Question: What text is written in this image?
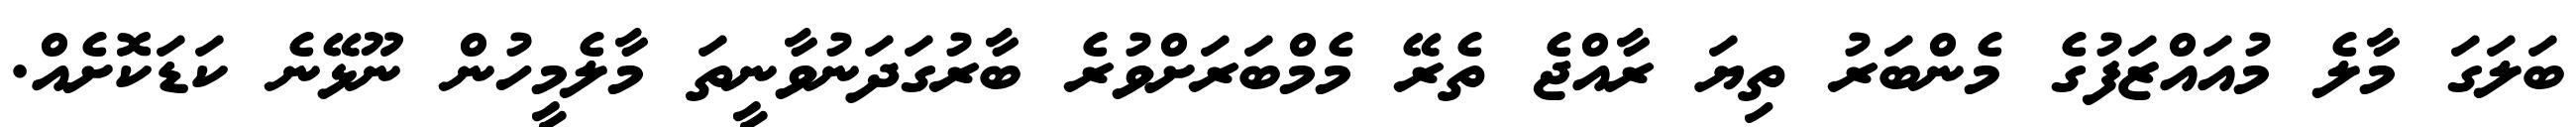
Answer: ބަލަގަ މާލެ މުއައްޒަފުގެ މެންބަރު ތިޔަ ރާއްޖެ ތެރޭ މެމްބަރަށްވުރެ ބާރުގަދަނުވާނީތަ މާލެމީހުން ނޫޅޭނެ ކަޑަކޮށެއް.